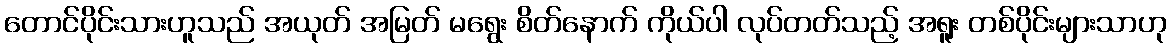
တောင်ပိုင်းသားဟူသည် အယုတ် အမြတ် မရွေး စိတ်နောက် ကိုယ်ပါ လုပ်တတ်သည့် အရူး တစ်ပိုင်းများသာဟု